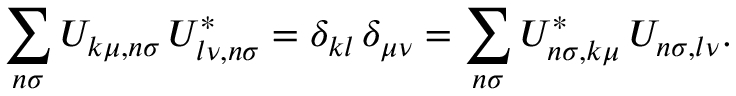
\sum _ { n \sigma } U _ { k \mu , n \sigma } \, U _ { l \nu , n \sigma } ^ { * } = \delta _ { k l } \, \delta _ { \mu \nu } = \sum _ { n \sigma } U _ { n \sigma , k \mu } ^ { * } \, U _ { n \sigma , l \nu } .